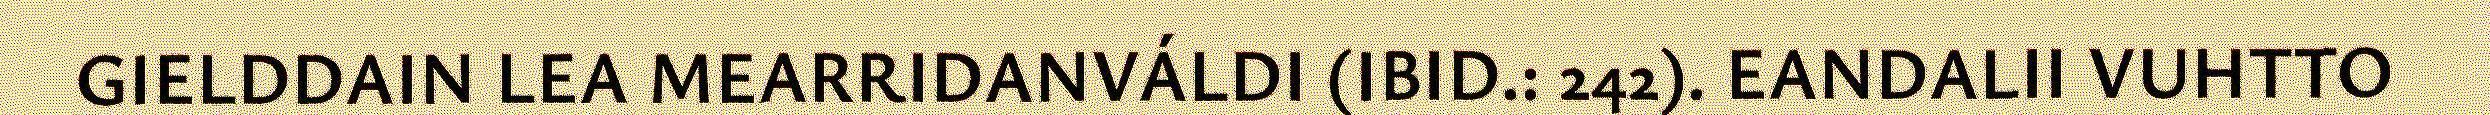
GIELDDAIN LEA MEARRIDANVÁLDI (IBID.: 242). EANDALII VUHTTO